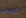
أنني